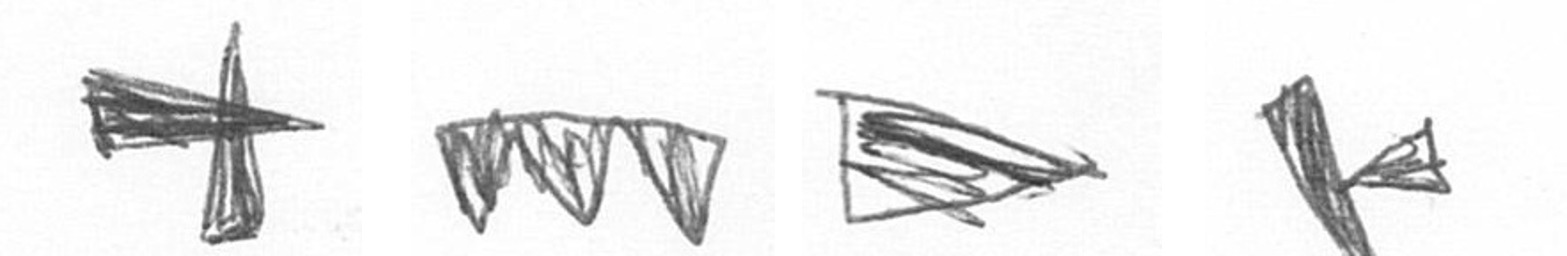
G L T F